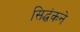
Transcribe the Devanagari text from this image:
सिद्धंकने